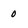
Character: 0